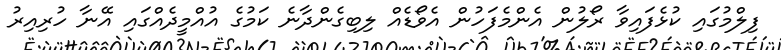
ފިލްމުގައި ކުޅެފައިވާ ރޯލުން އެންމެފަހުން އެވޯޑެއް ލިބިގެންދާނެ ކަމުގެ އުއްމީދެއްގައި އޭނާ ހުރިއިރު